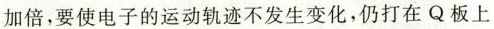
加倍，要使电子的运动轨迹不发生变化，仍打在Q板上